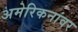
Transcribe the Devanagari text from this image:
अमेरिकनांवर